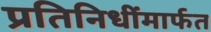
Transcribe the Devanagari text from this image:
प्रतिनिधींमार्फत